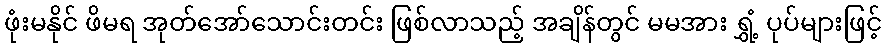
ဖုံးမနိုင် ဖိမရ အုတ်အော်သောင်းတင်း ဖြစ်လာသည့် အချိန်တွင် မမအား ရွှံ့ ပုပ်များဖြင့်